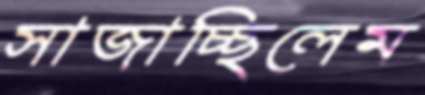
সাজাচ্ছিলেম